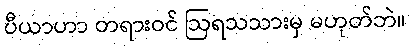
ပီယာဟာ တရားဝင် ဩရသသားမှ မဟုတ်ဘဲ။